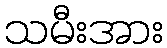
သမီးအား